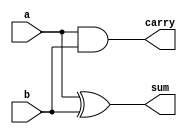
`timescale 1ns / 1ps
//////////////////////////////////////////////////////////////////////////////////
// Company: 
// Engineer: 
// 
// Design Name: 
// Module Name:    half_adder 
// Project Name: 
// Target Devices: 
// Tool versions: 
// Description: 
//
// Dependencies: 
//
// Revision: 
// Revision 0.01 - File Created
// Additional Comments: 
//
//////////////////////////////////////////////////////////////////////////////////
module half_adder(a,b,sum,carry);
    input a,b;
    output sum,carry;	 
	 xor x1(sum,a,b);
	 and x2(carry,a,b);
endmodule